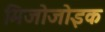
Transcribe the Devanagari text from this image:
मिजोजोइक